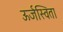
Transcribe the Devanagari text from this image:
ऊर्जस्विता